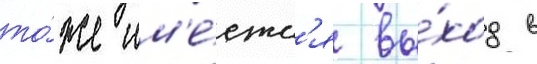
то́же им'е́етс'я вы́ход в